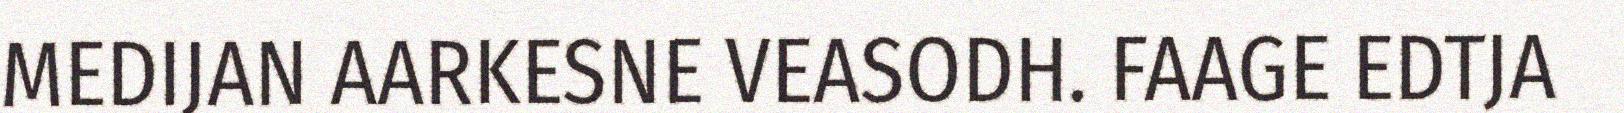
MEDIJAN AARKESNE VEASODH. FAAGE EDTJA